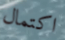
اكتمال